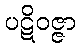
ပဋိဝဇ္ဇာ